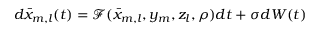
d \bar { x } _ { m , l } ( t ) = \mathcal { F } ( \bar { x } _ { m , l } , y _ { m } , z _ { l } , \rho ) d t + \sigma d W ( t )